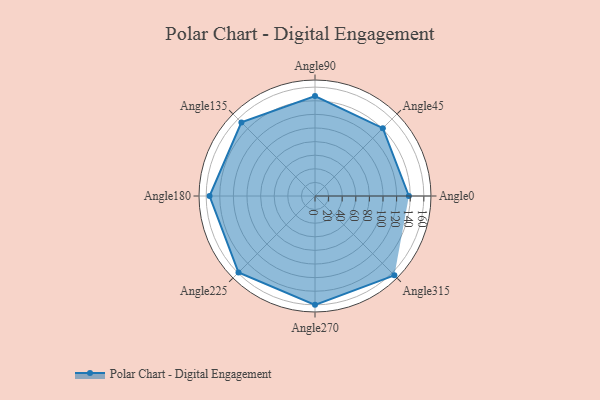
{"axis": {"x": "Angle", "y": "Radius"}, "legend": [""], "data": [{"x": "Angle0", "y": 138.0, "type": ""}, {"x": "Angle45", "y": 141.0, "type": ""}, {"x": "Angle90", "y": 147.0, "type": ""}, {"x": "Angle135", "y": 153.0, "type": ""}, {"x": "Angle180", "y": 155.0, "type": ""}, {"x": "Angle225", "y": 159.0, "type": ""}, {"x": "Angle270", "y": 160.0, "type": ""}, {"x": "Angle315", "y": 165.0, "type": ""}]}